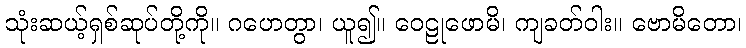
သုံးဆယ့်ရှစ်ဆုပ်တို့ကို။ ဂဟေတွာ၊ ယူ၍။ ဝေဠုဖောမိ၊ ကျခတ်ဝါး။ ဗောမိတော၊